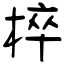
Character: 椊